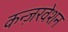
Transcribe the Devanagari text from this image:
कन्ज़रवेशन